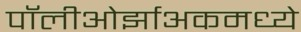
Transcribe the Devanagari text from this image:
पॉलीओर्झाअकमध्ये